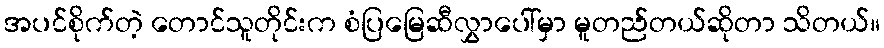
အပင်စိုက်တဲ့ တောင်သူတိုင်းက စံပြမြေဆီလွှာပေါ်မှာ မူတည်တယ်ဆိုတာ သိတယ်။